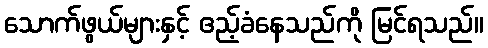
သောက်ဖွယ်များနှင့် ဧည့်ခံနေသည်ကို မြင်ရသည်။